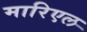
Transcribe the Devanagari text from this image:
मारिएल